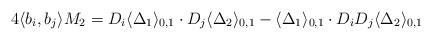
LaTeX: \begin{align*} 4 \langle b_i, b_j \rangle M_2 = D_i \langle \Delta_1 \rangle_{0,1} \cdot D_j \langle \Delta_2 \rangle_{0,1} - \langle \Delta_1 \rangle_{0,1} \cdot D_i D_j \langle \Delta_2 \rangle_{0,1}\end{align*}